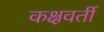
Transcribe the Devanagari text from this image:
कक्षवर्ती